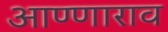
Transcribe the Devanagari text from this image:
आण्णाराव